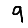
Digit: 9